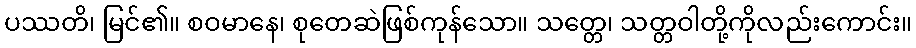
ပဿတိ၊ မြင်၏။ စဝမာနေ၊ စုတေဆဲဖြစ်ကုန်သော။ သတ္တေ၊ သတ္တဝါတို့ကိုလည်းကောင်း။